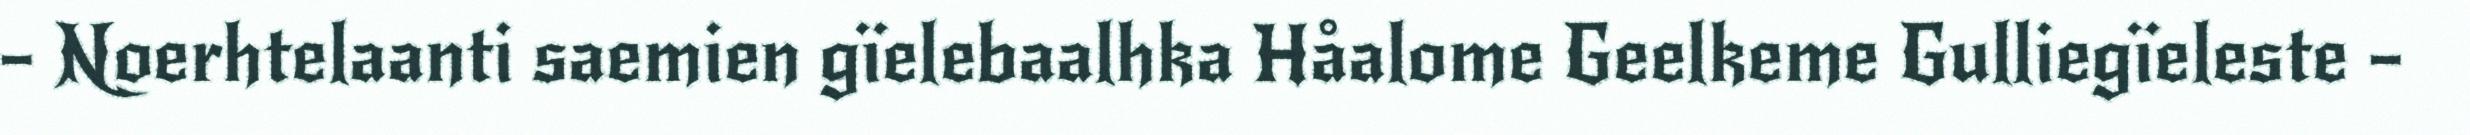
– Noerhtelaanti saemien gïelebaalhka Håalome Geelkeme Gulliegïeleste –